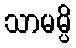
သာမမ္ပိ